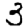
Digit: 3